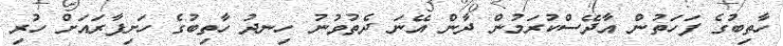
ހާތިބުގެ ފަހަތުން އާދޭސްކުރަމުން ދާން އޭނަ ދެތުވުނު ހިނދު ހާތިބުގެ ހަށިފާރައަށް ހުރި